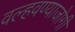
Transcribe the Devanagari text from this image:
वल्हवण्याजोगी